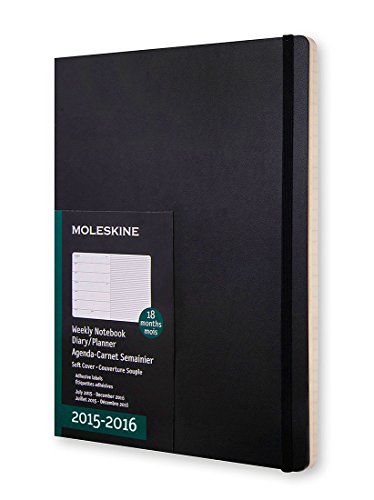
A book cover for Moleskine 2015-2016 Weekly Notebook, 18M, Extra Large, Black, Soft Cover (7.5 x 10); Moleskine; Calendars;